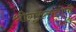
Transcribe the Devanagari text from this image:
श्रीगुरुसंतोषी